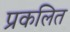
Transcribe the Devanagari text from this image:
प्रकलित